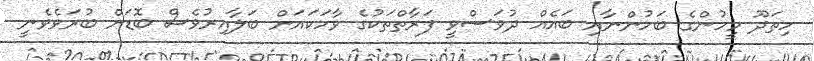
ހިތަދޫ މީހުންގެ ބަހުންނާއި ބައެއް ދުވަސްވީ ފަރާތްތަކުގެ ވާހަކައަށް ބަލާއިރުވެސް ބޮޑަށް ބުރަވެވެނީ